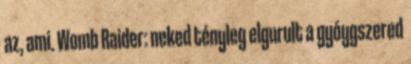
az, ami. Womb Raider: neked tényleg elgurult a gyóygszered